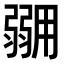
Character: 𭛇